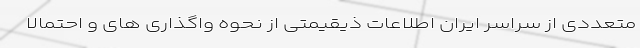
متعددی از سراسر ایران اطلاعات ذیقیمتی از نحوه واگذاری های و احتمالا